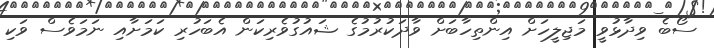
ސޯބެ ވިދާޅުވީ މަޖިލީހަށް އިންތިހާބަށް ވާދަކުރުމުގެ ޝައުގުވެރިކަން އެބަހުރި ކަމަށާއި ނަމަވެސް ވަކި